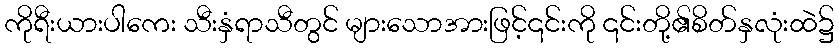
ကိုရီးယားပါကေး သီးနှံရာသီတွင် များသောအားဖြင့်၎င်းကို ၎င်းတို့၏စိတ်နှလုံးထဲ၌